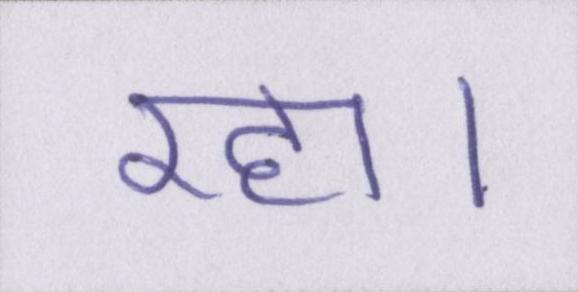
रहा।